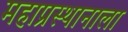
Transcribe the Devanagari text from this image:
महाप्रस्थानाला